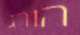
הורג